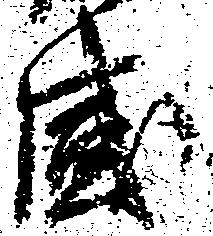
感